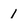
Character: 1